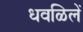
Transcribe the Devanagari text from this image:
धवळिलें